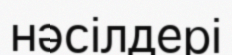
нәсілдері